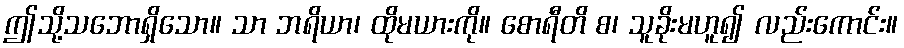
ဤသို့သဘောရှိသော။ သာ ဘရိယာ၊ ထိုမယားကို။ စောရီတိ စ၊ သူခိုးမဟူ၍ လည်းကောင်း။